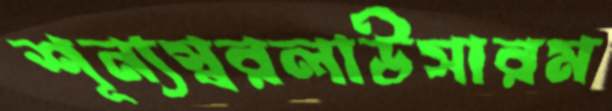
শূন্যস্বরলাউসারম